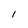
Character: 1